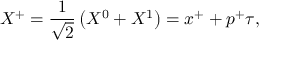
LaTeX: X ^ { + } = \frac { 1 } { \sqrt { 2 } } \left( X ^ { 0 } + X ^ { 1 } \right) = x ^ { + } + p ^ { + } \tau ,